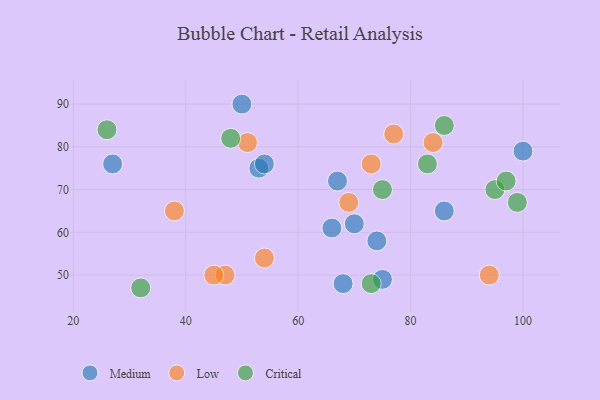
{"axis": {"x": "GDP", "y": "Life Expectancy"}, "legend": ["Critical", "Low", "Medium"], "data": [{"x": "27", "y": 76, "type": "Medium"}, {"x": "74", "y": 58, "type": "Medium"}, {"x": "68", "y": 48, "type": "Medium"}, {"x": "75", "y": 49, "type": "Medium"}, {"x": "67", "y": 72, "type": "Medium"}, {"x": "53", "y": 75, "type": "Medium"}, {"x": "50", "y": 90, "type": "Medium"}, {"x": "86", "y": 65, "type": "Medium"}, {"x": "54", "y": 76, "type": "Medium"}, {"x": "66", "y": 61, "type": "Medium"}, {"x": "70", "y": 62, "type": "Medium"}, {"x": "100", "y": 79, "type": "Medium"}, {"x": "54", "y": 54, "type": "Low"}, {"x": "38", "y": 65, "type": "Low"}, {"x": "47", "y": 50, "type": "Low"}, {"x": "84", "y": 81, "type": "Low"}, {"x": "51", "y": 81, "type": "Low"}, {"x": "69", "y": 67, "type": "Low"}, {"x": "73", "y": 76, "type": "Low"}, {"x": "77", "y": 83, "type": "Low"}, {"x": "94", "y": 50, "type": "Low"}, {"x": "45", "y": 50, "type": "Low"}, {"x": "26", "y": 84, "type": "Critical"}, {"x": "99", "y": 67, "type": "Critical"}, {"x": "95", "y": 70, "type": "Critical"}, {"x": "32", "y": 47, "type": "Critical"}, {"x": "97", "y": 72, "type": "Critical"}, {"x": "86", "y": 85, "type": "Critical"}, {"x": "48", "y": 82, "type": "Critical"}, {"x": "83", "y": 76, "type": "Critical"}, {"x": "73", "y": 48, "type": "Critical"}, {"x": "75", "y": 70, "type": "Critical"}]}